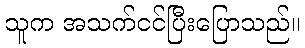
သူက အသက်ငင်ပြီးပြောသည်။